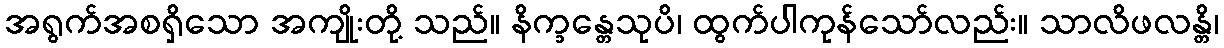
အရွက်အစရှိသော အကျိုးတို့ သည်။ နိက္ခန္တေသုပိ၊ ထွက်ပါကုန်သော်လည်း။ သာလိဖလန္တိ၊